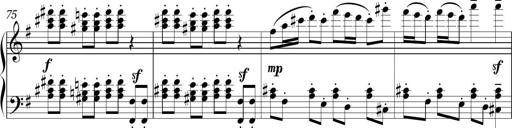
Title: Sonatina in E minor
Composer: Shuwen Zhang
Key: E minor